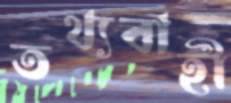
তথ্যবাহী